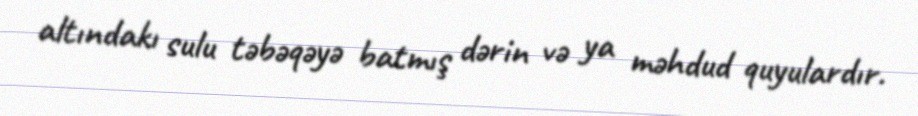
altındakı sulu təbəqəyə batmış dərin və ya məhdud quyulardır.